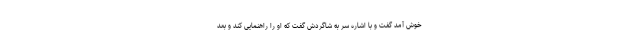
خوش آمد گفت و با اشاره سر به شاگردش گفت که او را راهنمایی کند و بعد